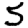
Digit: 5